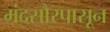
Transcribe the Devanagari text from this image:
मंदसौरपासून